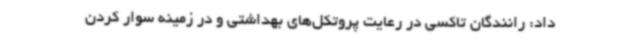
داد: رانندگان تاکسی در رعایت پروتکل‌های بهداشتی و در زمینه سوار کردن